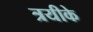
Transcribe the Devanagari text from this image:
त्रयीके